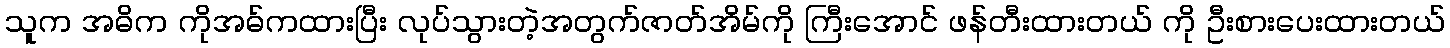
သူက အဓိက ကိုအဓ်ကထားပြီး လုပ်သွားတဲ့အတွက်ဇာတ်အိမ်ကို ကြီးအောင် ဖန်တီးထားတယ် ကို ဦးစားပေးထားတယ်